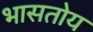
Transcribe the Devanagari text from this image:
भासतोय